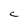
Character: C